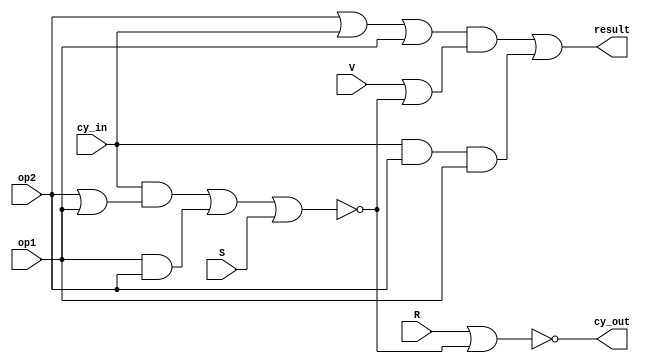
// Copyright (C) 1991-2013 Altera Corporation
// Your use of Altera Corporation's design tools, logic functions 
// and other software and tools, and its AMPP partner logic 
// functions, and any output files from any of the foregoing 
// (including device programming or simulation files), and any 
// associated documentation or information are expressly subject 
// to the terms and conditions of the Altera Program License 
// Subscription Agreement, Altera MegaCore Function License 
// Agreement, or other applicable license agreement, including, 
// without limitation, that your use is for the sole purpose of 
// programming logic devices manufactured by Altera and sold by 
// Altera or its authorized distributors.  Please refer to the 
// applicable agreement for further details.

// PROGRAM		"Quartus II 64-Bit"
// VERSION		"Version 13.0.1 Build 232 06/12/2013 Service Pack 1 SJ Web Edition"
// CREATED		"Mon Oct 13 11:51:12 2014"

module alu_slice(
	op2,
	op1,
	cy_in,
	R,
	S,
	V,
	cy_out,
	result
);


input wire	op2;
input wire	op1;
input wire	cy_in;
input wire	R;
input wire	S;
input wire	V;
output wire	cy_out;
output wire	result;

wire	SYNTHESIZED_WIRE_0;
wire	SYNTHESIZED_WIRE_1;
wire	SYNTHESIZED_WIRE_2;
wire	SYNTHESIZED_WIRE_3;
wire	SYNTHESIZED_WIRE_4;
wire	SYNTHESIZED_WIRE_5;
wire	SYNTHESIZED_WIRE_10;
wire	SYNTHESIZED_WIRE_7;
wire	SYNTHESIZED_WIRE_8;




assign	SYNTHESIZED_WIRE_0 = op2 | cy_in | op1;

assign	SYNTHESIZED_WIRE_3 = SYNTHESIZED_WIRE_0 & SYNTHESIZED_WIRE_1;

assign	SYNTHESIZED_WIRE_4 = cy_in & op2 & op1;

assign	result =  ~SYNTHESIZED_WIRE_2;

assign	SYNTHESIZED_WIRE_2 = ~(SYNTHESIZED_WIRE_3 | SYNTHESIZED_WIRE_4);

assign	SYNTHESIZED_WIRE_5 = op2 | op1;

assign	SYNTHESIZED_WIRE_7 = cy_in & SYNTHESIZED_WIRE_5;

assign	SYNTHESIZED_WIRE_8 = op1 & op2;

assign	cy_out = ~(R | SYNTHESIZED_WIRE_10);

assign	SYNTHESIZED_WIRE_10 = ~(SYNTHESIZED_WIRE_7 | SYNTHESIZED_WIRE_8 | S);

assign	SYNTHESIZED_WIRE_1 = V | SYNTHESIZED_WIRE_10;


endmodule